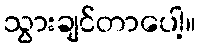
သွားချင်တာပေါ့။